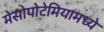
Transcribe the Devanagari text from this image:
मेसोपोटेमियामध्ये